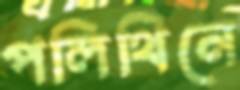
পলিথিনে